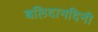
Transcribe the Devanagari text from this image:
बलिदानदिनी